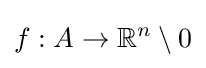
f:A\to \mathbb {R} ^{n}\setminus {0}